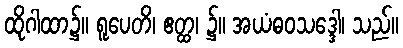
ထိုဂါထာ၌။ ရူပေတိ၊ ဧတ္ထ၊ ၌။ အယံဓဝသဒ္ဒေါ၊ သည်။